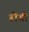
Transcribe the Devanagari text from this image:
डोंबी